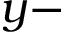
y -